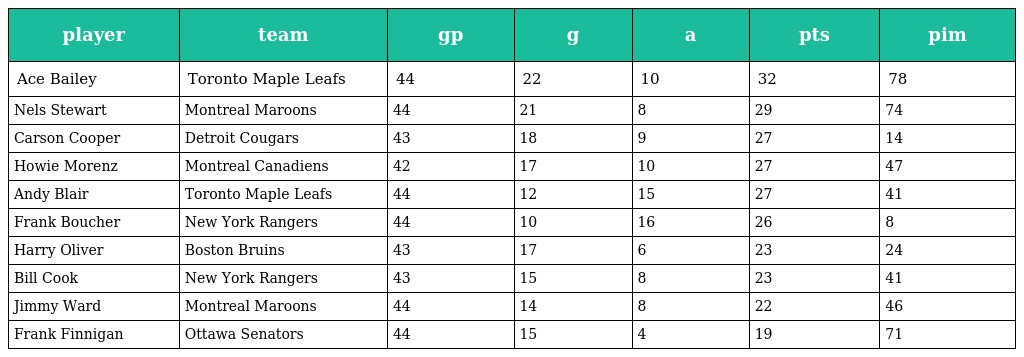
| player | team | gp | g | a | pts | pim |
 | --- | --- | --- | --- | --- | --- | --- |
 | Ace Bailey | Toronto Maple Leafs | 44 | 22 | 10 | 32 | 78 |
 | Nels Stewart | Montreal Maroons | 44 | 21 | 8 | 29 | 74 |
 | Carson Cooper | Detroit Cougars | 43 | 18 | 9 | 27 | 14 |
 | Howie Morenz | Montreal Canadiens | 42 | 17 | 10 | 27 | 47 |
 | Andy Blair | Toronto Maple Leafs | 44 | 12 | 15 | 27 | 41 |
 | Frank Boucher | New York Rangers | 44 | 10 | 16 | 26 | 8 |
 | Harry Oliver | Boston Bruins | 43 | 17 | 6 | 23 | 24 |
 | Bill Cook | New York Rangers | 43 | 15 | 8 | 23 | 41 |
 | Jimmy Ward | Montreal Maroons | 44 | 14 | 8 | 22 | 46 |
 | Frank Finnigan | Ottawa Senators | 44 | 15 | 4 | 19 | 71 |